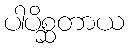
ပါပိစ္ဆတာယ